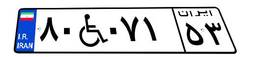
۸۰W۰۷۱۵۳